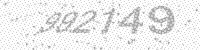
Solution: 992149